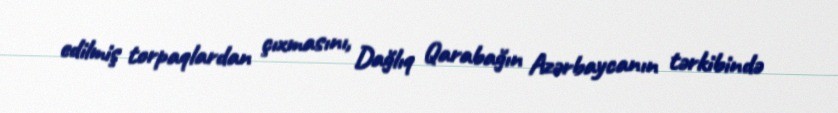
edilmiş torpaqlardan çıxmasını, Dağlıq Qarabağın Azərbaycanın tərkibində